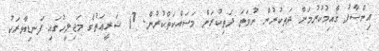
އިންސާފު ޤާއިމުކުރުމަށް ދަތިކުރުން ނުވަތަ ދަތިކުރަން މަސައްކަތްކުރުން. 7) ޝަރީޢަތުގެ މަޖިލީހުގައިި ފަނޑިޔާރަކު